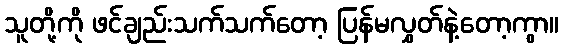
သူတို့ကို ဖင်ချည်းသက်သက်တော့ ပြန်မလွှတ်နဲ့တော့ကွာ။